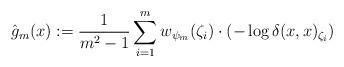
LaTeX: \begin{align*}\hat{g}_m(x) := \frac{1}{m^2-1}\sum_{i=1}^m w_{\psi_m}(\zeta_i) \cdot (-\log \delta(x,x)_{\zeta_i})\end{align*}